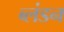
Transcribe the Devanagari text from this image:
ब्लंडन